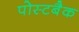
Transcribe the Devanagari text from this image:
पोस्टबैक